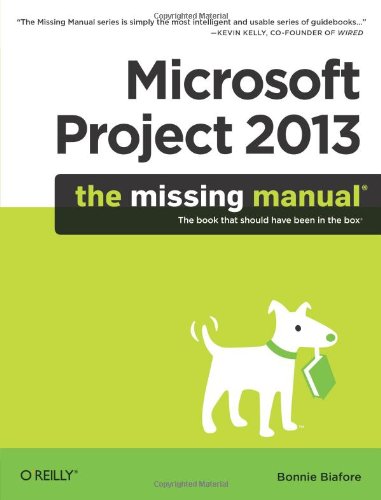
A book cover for Microsoft Project 2013: The Missing Manual; Bonnie Biafore; Computers & Technology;